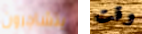
يتشاجرون وقت